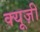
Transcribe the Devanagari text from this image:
क्यूज़ी